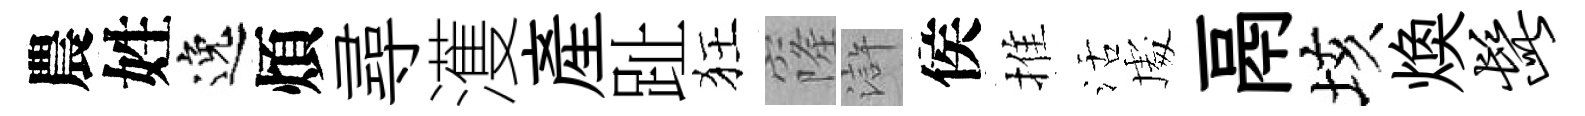
農姓逸煩尋濩産趾狂窿滸侯推活䖏鬲垓焕髭